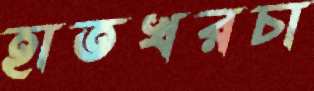
হাতখরচা